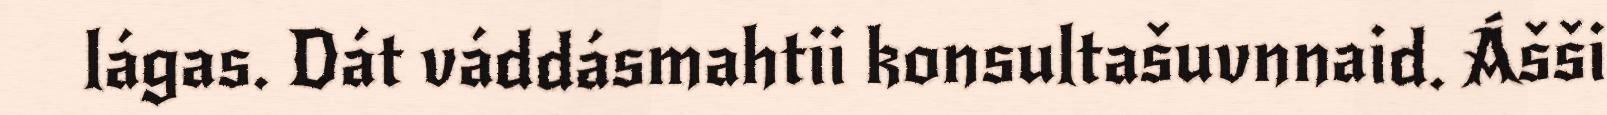
lágas. Dát váddásmahtii konsultašuvnnaid. Ášši